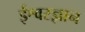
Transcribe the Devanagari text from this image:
ईश्वरज्ञान